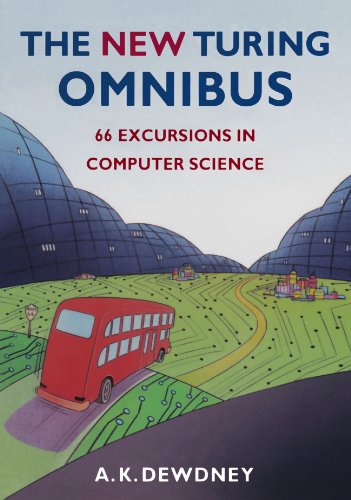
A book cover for The New Turing Omnibus: Sixty-Six Excursions in Computer Science; A. K. Dewdney; Computers & Technology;